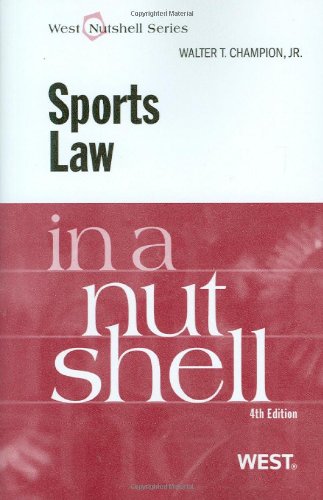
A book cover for Sports Law in a Nutshell (English and English Edition); Walter Champion Jr; Law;